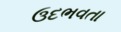
ઉદભવતા